Civil Veterinary Department Bihar & Orissa reports 1929-36 - 1929-1936
Year: 1929
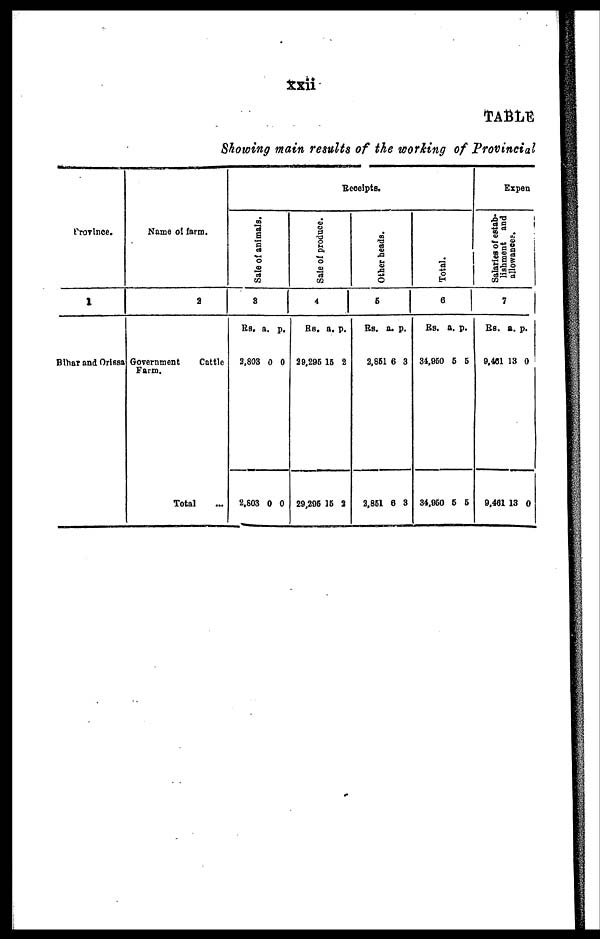
xxii
TABLE
Showing main results of the working of Provincial
Province.
1
Bihar and Orissa
Name of farm.
2
Government
Cattle
Farm.
Total ...
Receipts.
Sale of animals.
3
Rs. a. p.
2,803 0 0
2,803 0 0
Sale of produce.
4
Rs. a. p.
29,296 15 2
29,296 16 2
Other heads.
6
Rs. a. p.
2,861 6 3
2,851 6 3
Total.
6
Rs. a. p.
34,860 5 6
34,960 6 6
Expen
Salaries of estab-
lishment and
allowances.
7
Rs. a. p.
9,401 13 0
9,461 13 0